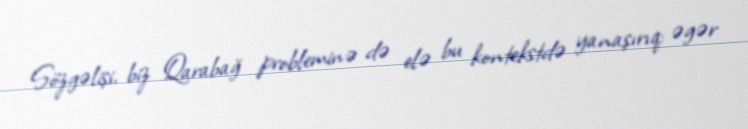
Sözgəlişi, biz Qarabağ probleminə də elə bu kontekstdə yanaşırıq: əgər